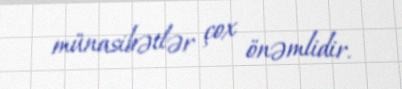
münasibətlər çox önəmlidir.